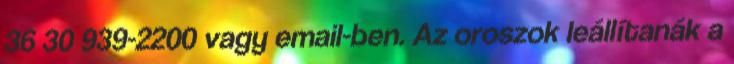
36 30 939-2200 vagy email-ben. Az oroszok leállítanák a